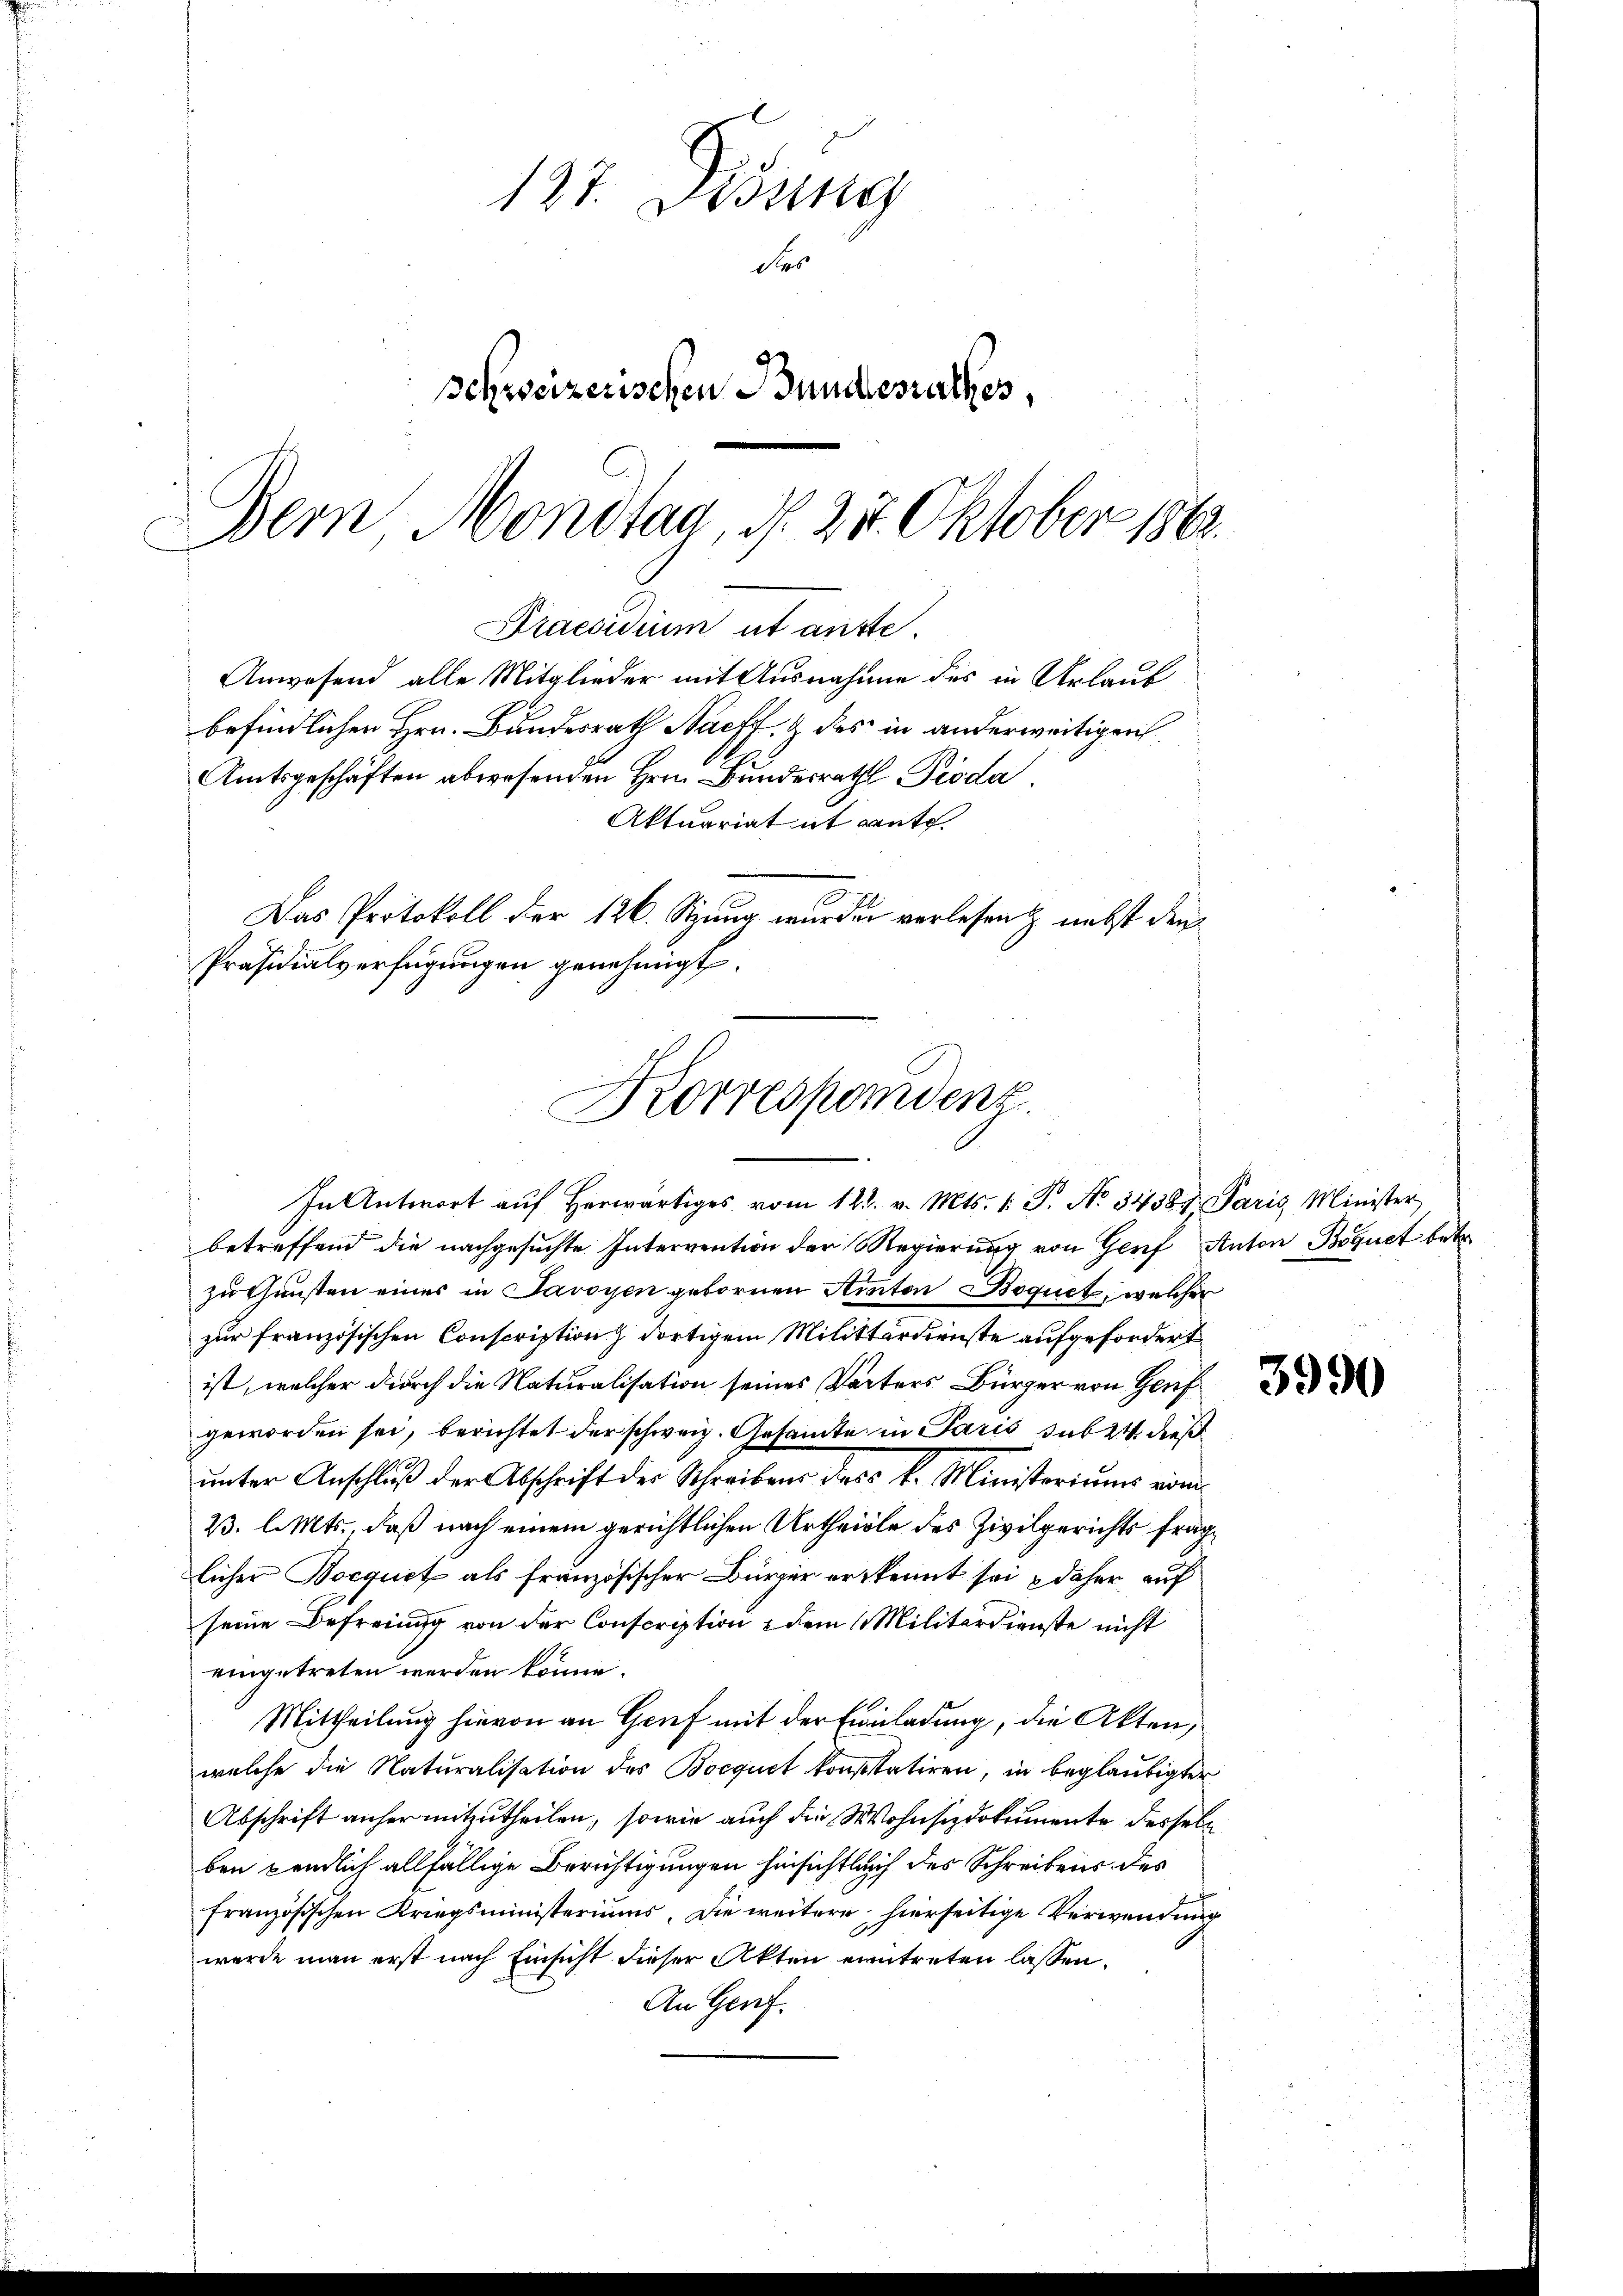
Anwesend alle Mitglieder mit Ausnahme des in Urlauf

137. Desung
Ses
schweizerischen Bundesrathes,
Bern Mondtag, d. 27. Oktober 1862.
Praesidium ut auste

befindlichen Hrn. Bundesrath Naeff. & des in anderweitigen
Amtsgeschäften abwesenden Herrn Bundesrath Pioda
Aktuariat it aut

Das Protokoll der 126. Stung wurden verlesen & nebst den

Präsidialverfügungen genehmigt.
Korrespondenz.
In Antwort aŭf herwärtiges vom 12t. v. Mts. 1. P. Nr. 34387. Paris Minister

betreffend die nachgesuchte Intervention der Regierung von Genf Anton Boguet betr.
zu Gunsten eines in Savoyen gebornen Anton Boquet, welcher
zur französischen Conscription dortigem Militärdienste aufgefordert
ist, welcher durch die Naturalisation seines Vaters Bürger von Genf
geworden sei, berichtet der schweiz. Gesamte in Paris sub 24 dieß
unter Anschluß der Abschrift der Schreibens des k. Ministeriums vom
B. l. Mts., daß nach einem gerichtlichen Urtheille des Zivilgerichts fraglicher Bocquet als französischer Bürger erkennt sei & daher auf
seine Befreiung von der Conscription dem 1 Militärdienste nicht
eingetreten werden könne.
Mittheilung hievon an Gruf mit der Einladung, die Akten,
welche die Naturalisation des Bocquet konsstatiren, in beglaubigter
Abschrift anher mitzutheilen, sowie auch die Wohnsizdokumente desselb
ben pendlich allfällige Berichtigungen hinsichtlich des Schreibens des
französischen Kriegsministeriums. Die weitere hierseitige Verwendung
werde man erst nach Einsicht dieser Akten eintreten lassen.
An Genf.

3990